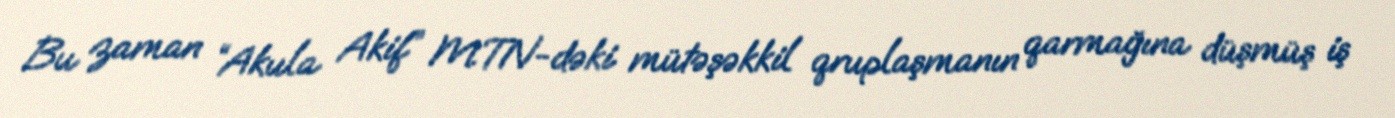
Bu zaman “Akula Akif” MTN-dəki mütəşəkkil qruplaşmanın qarmağına düşmüş iş